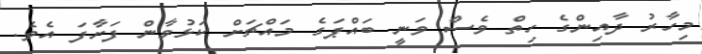
މިހާރު ދާއިންގެ ހިތް ވެސް ވަނީ ބައްޕަގެ މައްޗަށް ކަޅުވާން ފަށާފަ އެވެ.